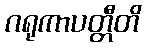
ဂရုကာပတ္တီတိ